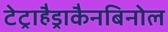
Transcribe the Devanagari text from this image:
टेट्राहैड्राकैनबिनोल